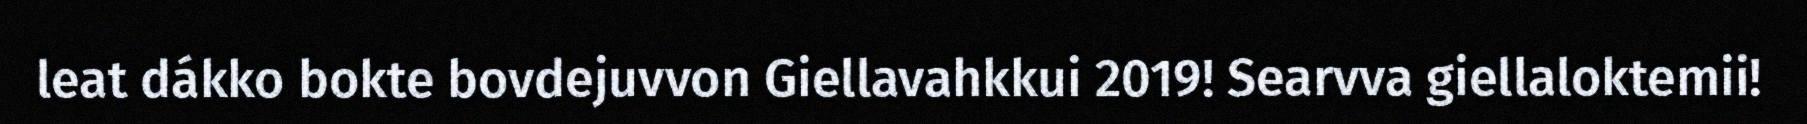
leat dákko bokte bovdejuvvon Giellavahkkui 2019! Searvva giellaloktemii!